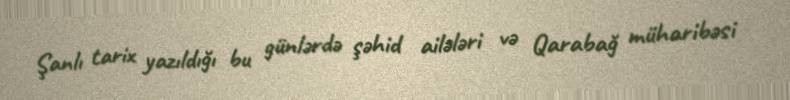
Şanlı tarix yazıldığı bu günlərdə şəhid ailələri və Qarabağ müharibəsi